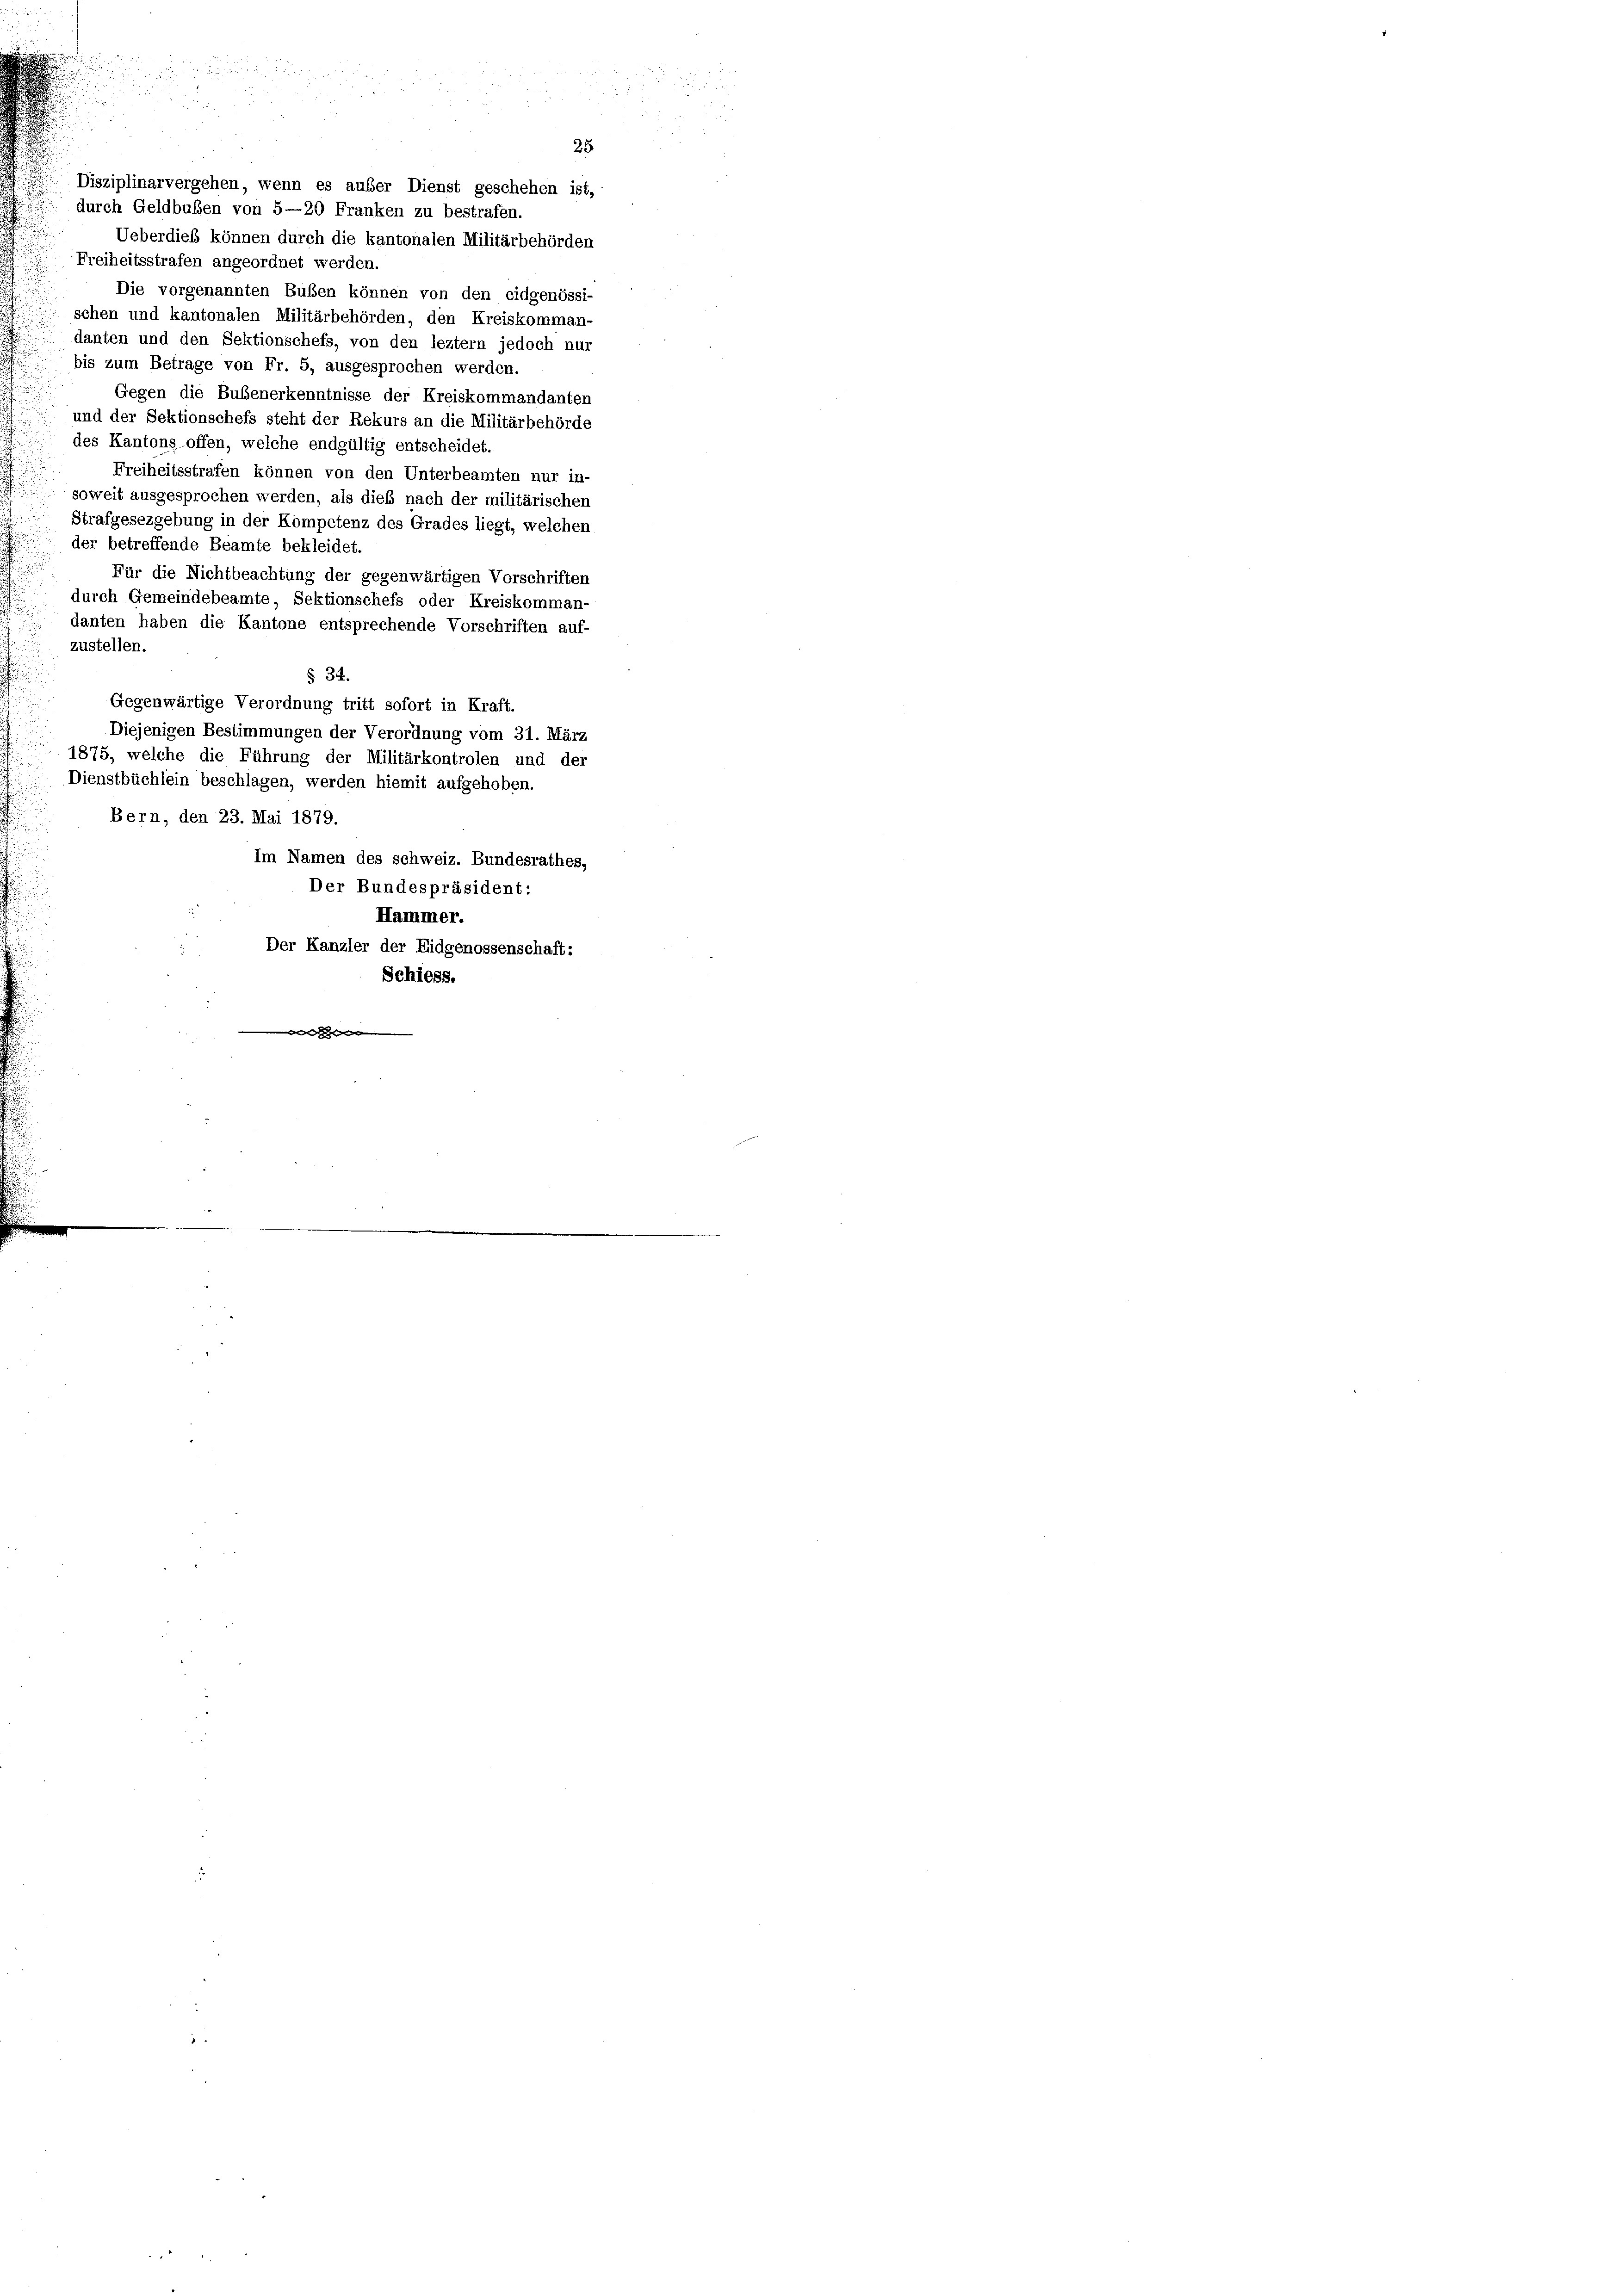
Disziplinarvergehen, wenn es außer Dienst geschehen ist,
durch Geldbußen von 5—20 Franken zu bestrafen.
Ueberdieß können durch die kantonalen Militärbehörden
Freiheitsstrafen angeordnet werden.
Die vorgenannten Bußen können von den eidgenössi-
schen und kantonalen Militärbehörden, den Kreiskomman-
danten und den Sektionschefs, von den leztem jedoch nur
bis zum Betrage von Fr. 5, ausgesprochen werden.
Gegen die Bubenerkenntnisse der Kreiskommandanten
und der Sektionschefs steht der Rekurs an die Militärbehörde
des Kantons offen, welche endgültig entscheidet.
Freiheitsstrafen können von den Unterbeamten nur in-
soweit ausgesprochen werden, als dieß nach der militärischen
Strafgesezgebung in der Kompetenz des Grades liegt, welchen
der betreffende Beamte bekleidet.
Für die Nichtbeachtung der gegenwärtigen Vorschriften
durch Gemeindebeamte, Sektionschefs oder Kreiskomman-
danten haben die Kantone entsprechende Vorschriften auf-
zustellen.
§ 34.
Gegenwärtige Verordnung tritt sofort in Kraft.
Diejenigen Bestimmungen der Verordnung vom 31. März
1875, welche die Führung der Militärkontrolen und der
Dienstbüchlein beschlagen, werden hiemit aufgehoben.
Bern, den 23. Mai 1879.
Im Namen des schweiz. Bundesrathes,
Der Bundespräsident:
Hammer.
Der Kanzler der Eidgenossenschaft:
Schiess.

25